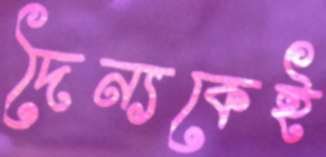
দৈন্যকেই